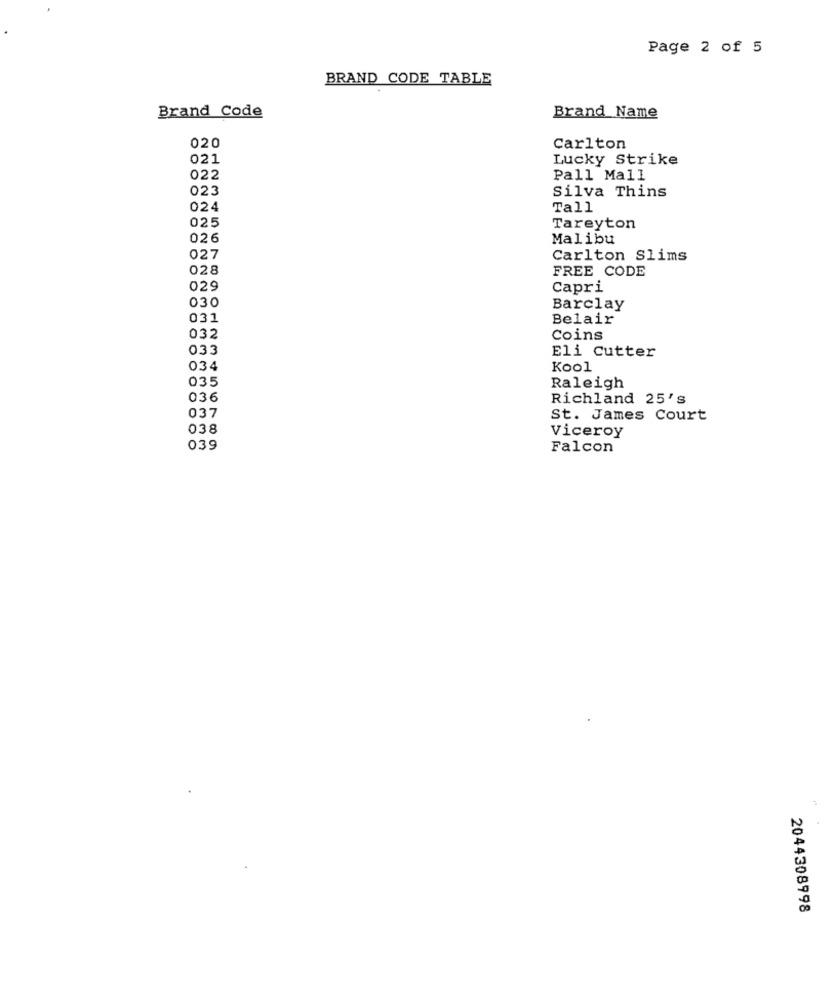
Page 2 of 5
BRAND CODE TABLE
Brand Code
Brand Name
020
Carlton
021
Lucky Strike
022
Pall Mall
023
Silva Thins
024
Tall
025
Tareyton
026
Malibu
027
Carlton Slims
028
FREE CODE
029
Capri
030
Barclay
031
Belair
032
Coins
0.33
Eli Cutter
034
Kool
035
Raleigh
036
Richland 25's
037
St. James Court
038
Viceroy
039
Falcon
2044308998